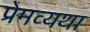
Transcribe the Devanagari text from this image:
प्रेमव्यथा